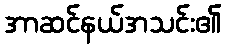
အာဆင်နယ်အသင်း၏